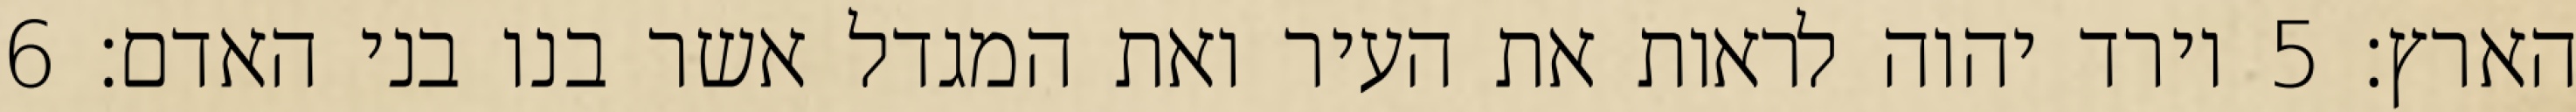
הארץ׃ ‎5‏ וירד יהוה לראות את העיר ואת המגדל אשר בנו בני האדם׃ ‎6‏